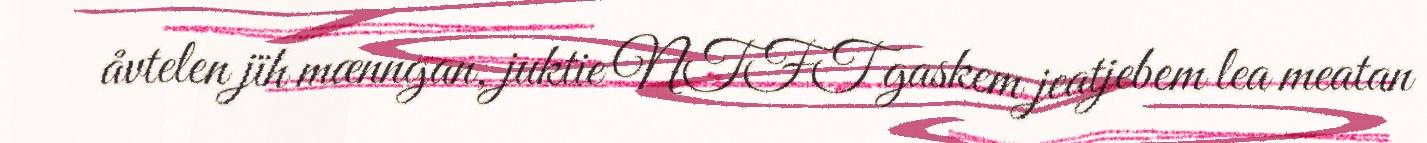
åvtelen jïh mænngan, juktie NTFT gaskem jeatjebem lea meatan